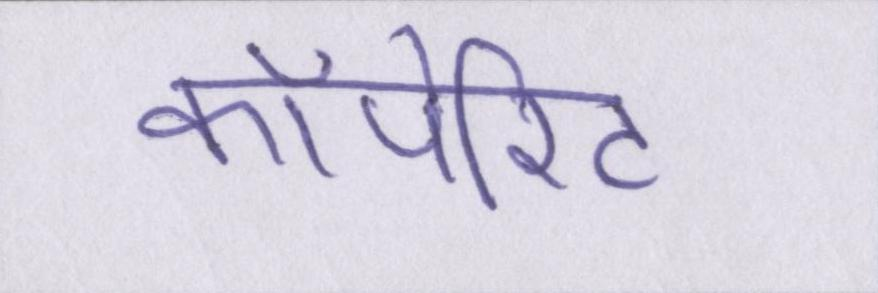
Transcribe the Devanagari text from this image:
कॉर्पोरेट